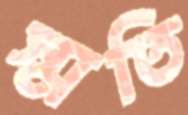
স্মতি